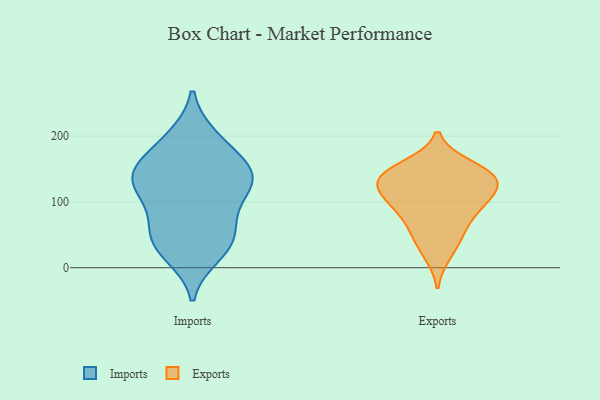
{"axis": {"x": "Gross Profit (USD K)", "y": "Value"}, "legend": ["Exports", "Imports"], "data": [{"x": "", "y": 145, "type": "Imports"}, {"x": "", "y": 195, "type": "Imports"}, {"x": "", "y": 20, "type": "Imports"}, {"x": "", "y": 122, "type": "Imports"}, {"x": "", "y": 105, "type": "Imports"}, {"x": "", "y": 56, "type": "Imports"}, {"x": "", "y": 135, "type": "Imports"}, {"x": "", "y": 32, "type": "Imports"}, {"x": "", "y": 83, "type": "Imports"}, {"x": "", "y": 54, "type": "Imports"}, {"x": "", "y": 162, "type": "Imports"}, {"x": "", "y": 35, "type": "Imports"}, {"x": "", "y": 152, "type": "Imports"}, {"x": "", "y": 198, "type": "Imports"}, {"x": "", "y": 130, "type": "Imports"}, {"x": "", "y": 138, "type": "Imports"}, {"x": "", "y": 121, "type": "Exports"}, {"x": "", "y": 20, "type": "Exports"}, {"x": "", "y": 96, "type": "Exports"}, {"x": "", "y": 128, "type": "Exports"}, {"x": "", "y": 139, "type": "Exports"}, {"x": "", "y": 134, "type": "Exports"}, {"x": "", "y": 149, "type": "Exports"}, {"x": "", "y": 139, "type": "Exports"}, {"x": "", "y": 49, "type": "Exports"}, {"x": "", "y": 155, "type": "Exports"}, {"x": "", "y": 93, "type": "Exports"}, {"x": "", "y": 54, "type": "Exports"}, {"x": "", "y": 109, "type": "Exports"}, {"x": "", "y": 84, "type": "Exports"}]}